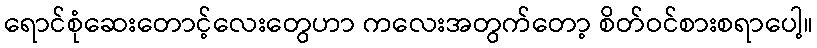
ရောင်စုံဆေးတောင့်လေးတွေဟာ ကလေးအတွက်တော့ စိတ်ဝင်စားစရာပေါ့။